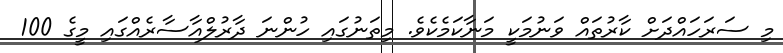
މި ސަރަހައްދަށް ކާރުތައް ވަނުމަކީ މަނާކަމެކެވެ. މިތަނުގައި ހުންނަ ދާރުލްއާސާރެއްގައި މީގެ 100